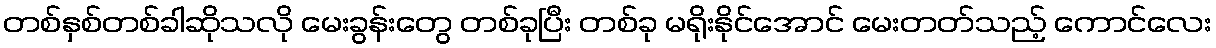
တစ်နှစ်တစ်ခါဆိုသလို မေးခွန်းတွေ တစ်ခုပြီး တစ်ခု မရိုးနိုင်အောင် မေးတတ်သည့် ကောင်လေး